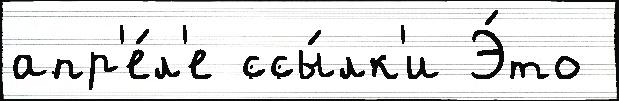
апр'е́л'е ссы́лк'и Э́то